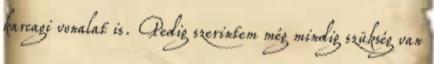
karcagi vonalat is. Pedig szerintem még mindig szükség van